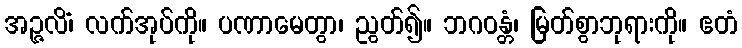
အဉ္ဇလိံ၊ လက်အုပ်ကို။ ပဏာမေတွာ၊ ညွတ်၍။ ဘဂဝန္တံ၊ မြတ်စွာဘုရားကို။ ဧတံ